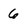
Character: 6